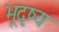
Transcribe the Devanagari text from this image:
भूदृष्य